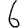
Digit: 6